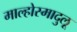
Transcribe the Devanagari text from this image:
माल्होस्मादुलू